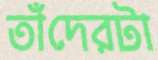
তাঁদেরটা